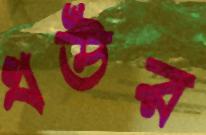
ধউর